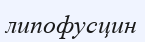
липофусцин